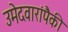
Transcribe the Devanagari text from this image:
उमेदवारांपैकी